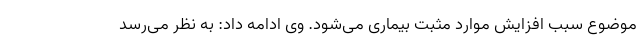
موضوع سبب افزایش موارد مثبت بیماری می‌شود. وی ادامه داد: به نظر می‌رسد